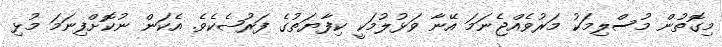
މިގޮތުން މުސްލިމަކު މަރުވެއްޖެނަމަ އޭނާ ވަޅުލުމަކީ ކިފާޔަތުގެ ފަރުޟެކެވެ. އެކަން ނުކޮށްފިނަމަ މުޅި